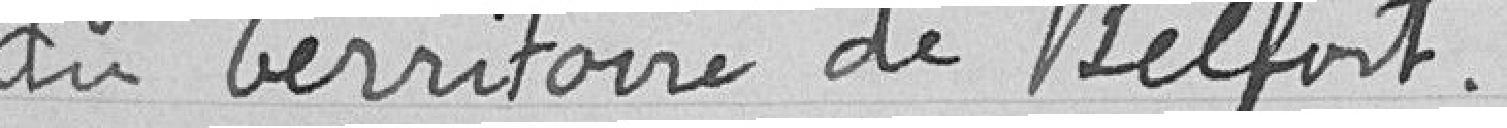
du Territoire de Belfort.